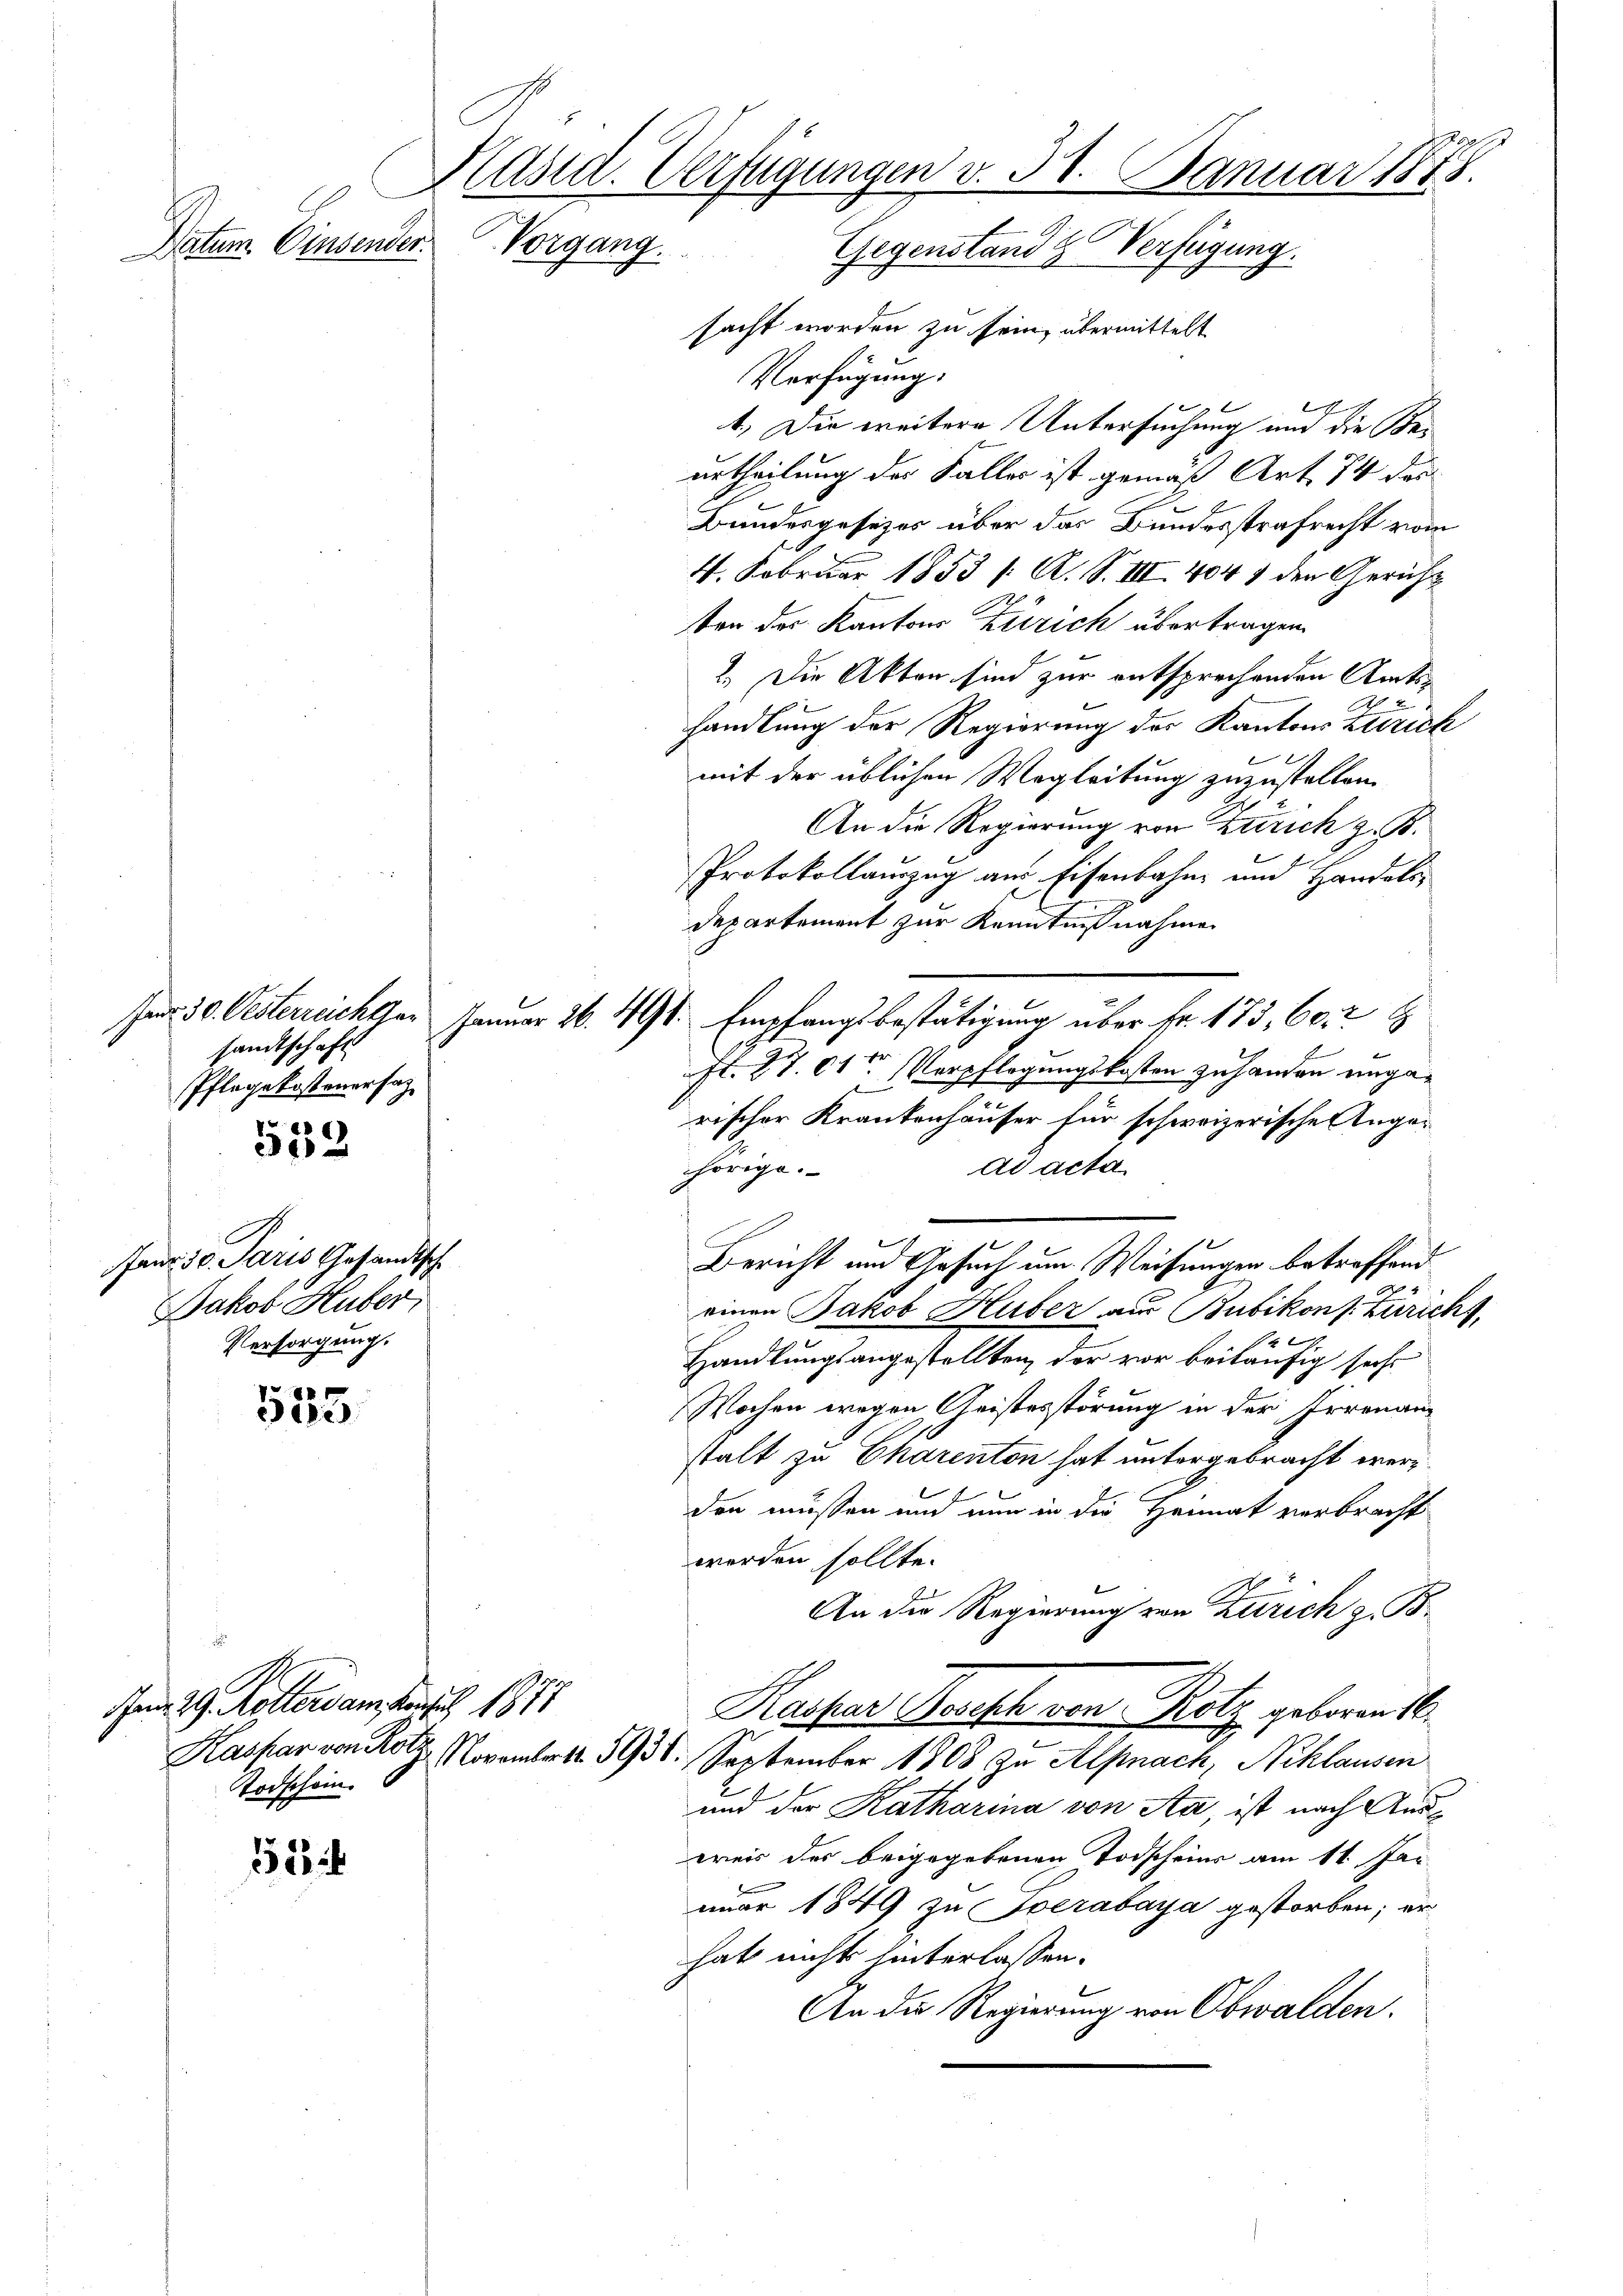
Datum. Einsender.

sandtschaft
Pflegekosteuersag
.

e

555.

32

Janr. 50. Paris Gesandtsch
Jakob Huber,
Versorgung.

Schafft
Käsid. Verfügungen v. 31. Januar 1888.
Vorgang.
Gegenstand & Verfügung.
sacht worden zu sein, übermittelt

em 29. Rotters an den 1877
Todschein.

Verfügung.
1. Die weitere Untersuchung und die Beurtheilung der Faller ist gemäß Art. 74 des
Bandesgesetzes über das Bundesstrafrecht vom
4. Februar 1853 /: A. S. III 404 1 den Gericht
ton des Kantons Zürich übertragen.
2. Die Akten sind zur entsprechenden Amtshandlung der Regierung des Kantons Zürich
mit der üblichen Wegleitung zuzustellen.
An die Regierung von Zürich z. B.
Protokollauszug aus Eisenbahn und Handelsdepartement zur Kenntnißnahme
Her 30. Oesterreichter Januar 26. 491. Empfangsbestätigung über Fr. 173, 602
Fr. 27. 11ten Verpflegungskosten zuhanden ungarischer Krankenhäuser für schweizerische Angaad acta
hörige.
Bericht und Gesuch um Weisungen betreffend
einen Jakob Huber aus Bubikons Züricht,
 2
Handlungsangestellten, der vor beiläufig sechs
Wochen wegen Geistesstörung in der Irrenanstalt zu Charenton hat untergebracht werden müssen und nun in die Heimat verbracht
worden sollte.
An die Regierung von Zürich z. B.
Kaspar Resisch von Rotz geboren 16.
Kaspar von Ro. November 1938. September 1808, zu Alpnach, Schlausen
und der Katharina von Aa, ist nach Ausweis des beigegebenen Todscheins am 11. Jan.
nuar 1849 zu verabaya gestorben; er
hat nicht hinterlassen.
An die Regierung von Obwalden.